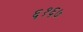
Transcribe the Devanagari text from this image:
६१६७